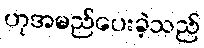
ဟုအမည်ပေးခဲ့သည်